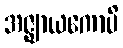
အဇ္ဈာယကောပိ